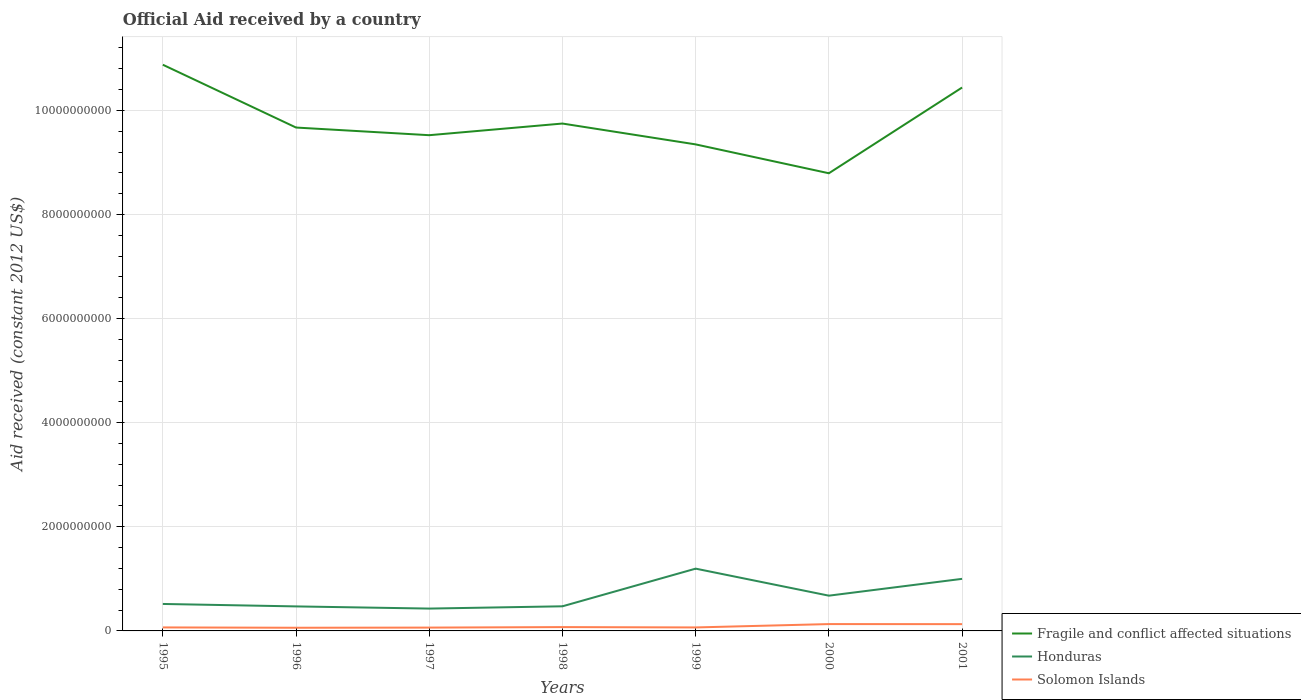
| Years | Fragile and conflict affected situations | Honduras | Solomon Islands |
 | --- | --- | --- | --- |
 | 1995 | 1.09e+10 | 5.18e+08 | 6.73e+07 |
 | 1996 | 9.67e+09 | 4.71e+08 | 6.09e+07 |
 | 1997 | 9.52e+09 | 4.29e+08 | 6.41e+07 |
 | 1998 | 9.75e+09 | 4.73e+08 | 7.36e+07 |
 | 1999 | 9.35e+09 | 1.2e+09 | 6.69e+07 |
 | 2000 | 8.79e+09 | 6.77e+08 | 1.32e+08 |
 | 2001 | 1.04e+10 | 1e+09 | 1.3e+08 |